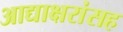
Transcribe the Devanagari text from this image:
आद्याक्षरांसह